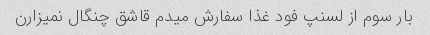
بار سوم از لسنپ فود غذا سفارش میدم قاشق چنگال نمیزارن